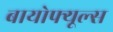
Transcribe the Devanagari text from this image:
बायोफ्यूल्स